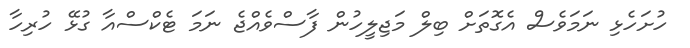
ހުށަހެޅި ނަމަވެސް އެގޮތަށް ބިލް މަޖިލީހުން ފާސްވެއްޖެ ނަމަ ޓެކްސްއާ ގުޅޭ ހުރިހާ